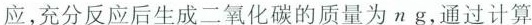
应后生成二氧化碳的质量为πg，通过计算